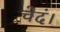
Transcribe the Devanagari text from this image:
चेदं।